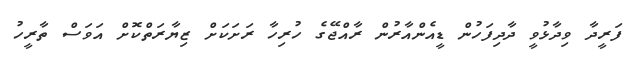
ފަރީދާ ވިދާޅުވީ ދާދިފަހުން ޑީއެންއާރުން ރާއްޖޭގެ ހުރިހާ ރަށަކަށް ޒިޔާރަތްކޮށް އަވަސް ތާރީހު